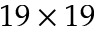
1 9 \times 1 9